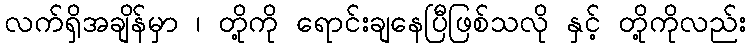
လက်ရှိအချိန်မှာ ၊ တို့ကို ရောင်းချနေပြီဖြစ်သလို နှင့် တို့ကိုလည်း